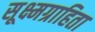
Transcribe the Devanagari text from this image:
सूक्ष्मग्राहिता